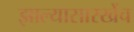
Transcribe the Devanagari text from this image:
झाल्यासारखेंच